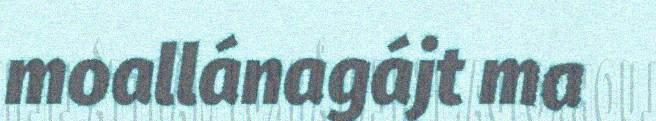
moallánagájt ma